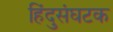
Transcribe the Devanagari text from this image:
हिंदुसंघटक